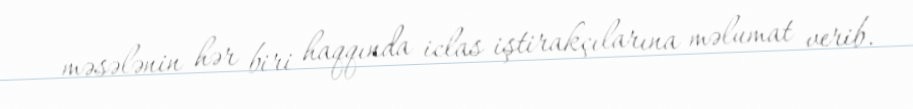
məsələnin hər biri haqqında iclas iştirakçılarına məlumat verib.